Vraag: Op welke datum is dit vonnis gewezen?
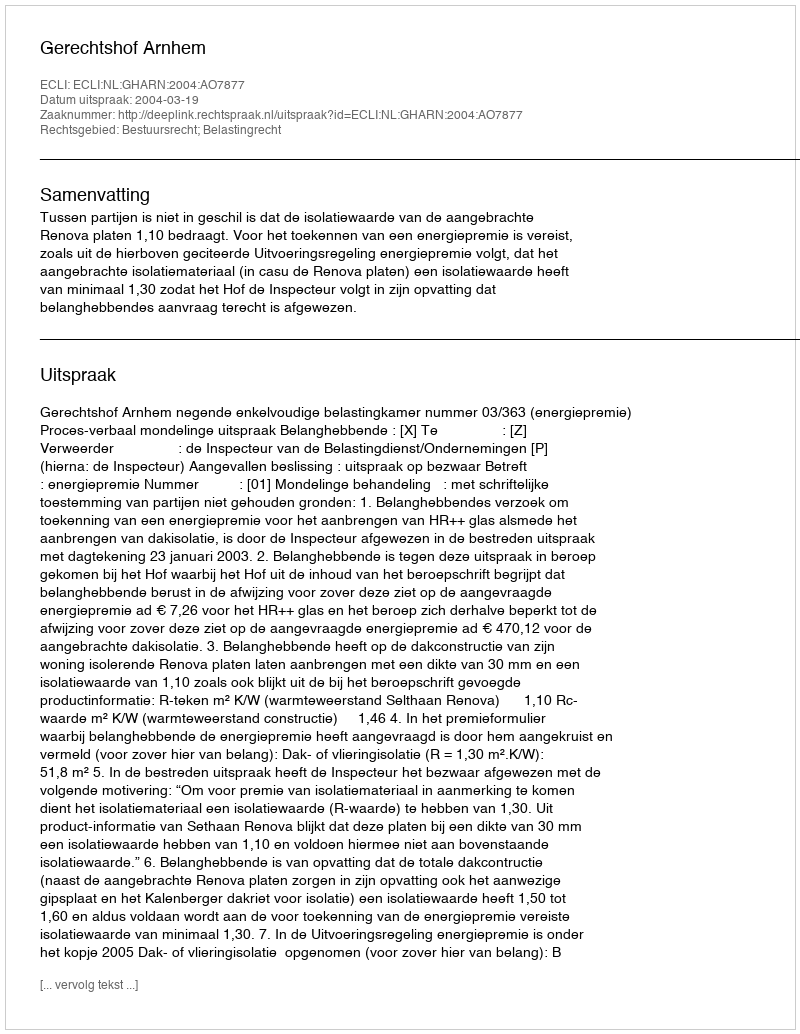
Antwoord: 2004-03-19